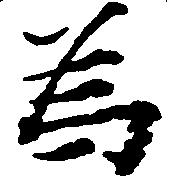
為